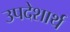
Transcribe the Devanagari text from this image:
उपदेशार्थ